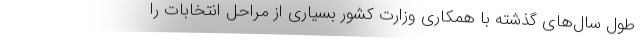
طول سال‌های گذشته با همکاری وزارت کشور بسیاری از مراحل انتخابات را